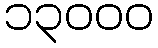
၁၃၀၀၀